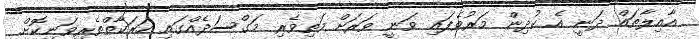
އާއިލާތައް ދަނީ އެ ކުދިން މަރުވެފައި ވަނީ ވަރަށް މަތިވެރި މަގްސަދެއްގައި ހަރަކާތްތެރިވަނިކޮށް